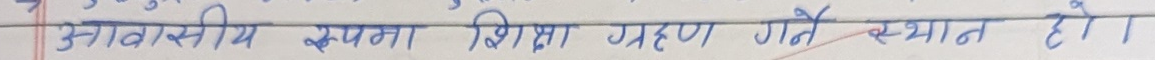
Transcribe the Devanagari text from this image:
आवासीय रूपमा शिक्षा ग्रहण गर्ने स्थान हो।